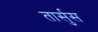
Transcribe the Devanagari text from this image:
तार्सुस